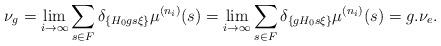
LaTeX: \begin{align*}\nu_{g}=\lim_{i\to\infty}\sum_{s\in F}\delta_{\left\{ H_{0}gs\xi\right\} }\mu^{(n_{i})}(s)=\lim_{i\to\infty}\sum_{s\in F}\delta_{\left\{ gH_{0}s\xi\right\} }\mu^{(n_{i})}(s)=g.\nu_{e}.\end{align*}